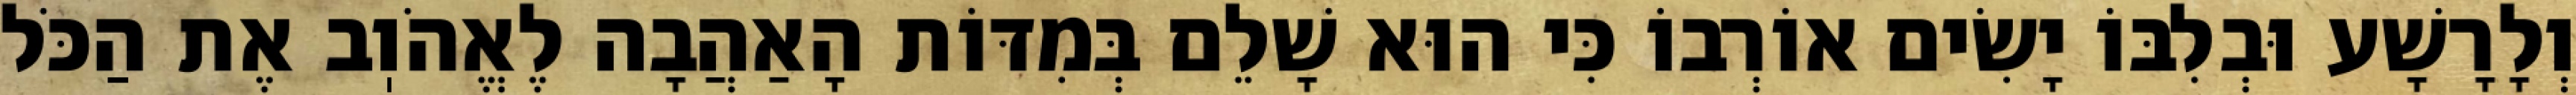
וְלָרָשָׁע וּבְלִבּוֹ יָשִׂים אוֹרְבוֹ כִּי הוּא שָׁלֵם בְּמִדּוֹת הָאַהֲבָה לֶאֱהֹוֽב אֶת הַכֹּל